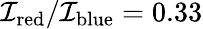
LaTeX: \mathcal{I}_{\mathrm{red}}/\mathcal{I}_{\mathrm{blue}}=0.33